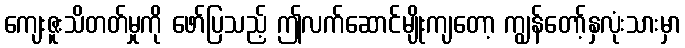
ကျေးဇူးသိတတ်မှုကို ဖော်ပြသည့် ဤလက်ဆောင်မျိုးကျတော့ ကျွန်တော့်နှလုံးသားမှာ